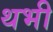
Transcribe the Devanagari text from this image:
थभी